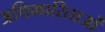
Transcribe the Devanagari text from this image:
अधिकारिताओं